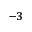
^ { - 3 }